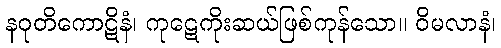
နဝုတိကောဋိနံ၊ ကုဋေကိုးဆယ်ဖြစ်ကုန်သော။ ဝိမလာနံ၊